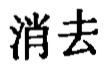
消去